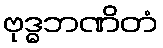
ဗုဒ္ဓဘဏိတံ